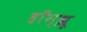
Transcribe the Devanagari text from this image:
हाँग्झू